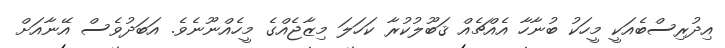
އިދުރިސްބެއަކީ މީހަކު ބުނާހާ އެއްޗެއް ޤަބޫލުކުރާ ކަހަލަ މިޒާޖެއްގެ މީހެއްނޫނެވެ. އަބަދުވެސް އޭނާއަށް